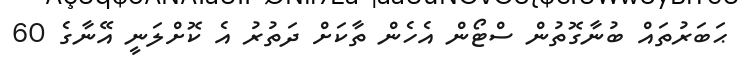
ޙަބަރުތައް ބުނާގޮތުން ސްޓޯން އެހެން ތާކަށް ދަތުރު އެ ކޮށްލަނީ އޭނާގެ 60